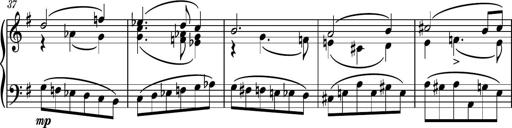
Title: Piano Sonatina No.7
Composer: Dimitri Sykias
Key: G major